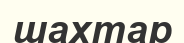
шахтар